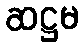
ဆဋ္ဌမ